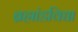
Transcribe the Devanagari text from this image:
ब्रह्मांडविद्या